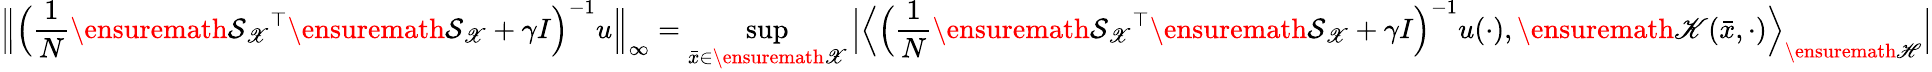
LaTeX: \Big\| \Big(\frac{1}{N}\ensuremath{\mathcal{S}_{\mathscr{X}}}^{\top}\ensuremath{\mathcal{S}_{\mathscr{X}}}+\gamma I\Big)^{-1}u\Big\| _{\infty}=\operatorname*{sup}_{\bar{x}\in\ensuremath{\mathscr{X}}}\Big|\Big\langle\Big(\frac{1}{N}\ensuremath{\mathcal{S}_{\mathscr{X}}}^{\top}\ensuremath{\mathcal{S}_{\mathscr{X}}}+\gamma I\Big)^{-1}u(\cdot),\ensuremath{\mathscr{K}}(\bar{x},\cdot)\Big\rangle_{\ensuremath{\mathscr{H}}}\Big|